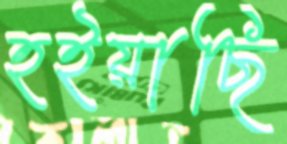
হইয়াছি